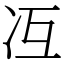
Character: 冱